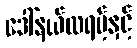
ဒေါ်နယ်ထရမ့်နှင့်